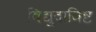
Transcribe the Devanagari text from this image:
विद्युदाविष्ट